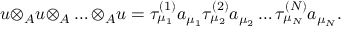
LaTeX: u { \otimes } _ { A } u { \otimes } _ { A } \ldots { \otimes } _ { A } u = { \tau } _ { { \mu } _ { 1 } } ^ { ( 1 ) } a _ { { \mu } _ { 1 } } { \tau } _ { { \mu } _ { 2 } } ^ { ( 2 ) } a _ { { \mu } _ { 2 } } \ldots { \tau } _ { { \mu } _ { N } } ^ { ( N ) } a _ { { \mu } _ { N } } .